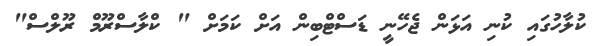
ކުލާހުގައި ކުނި އަޅަން ޖެހޭނީ ޑަސްޓްބިން އަށް ކަމަށް " ކްލާސްރޫމް ރޫލްސް"